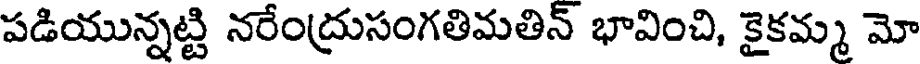
పడియున్నట్టి నరేంద్రుసంగతిమతిన్ భావించి, కైకమ్మ మో